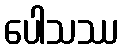
ပေါသဿ